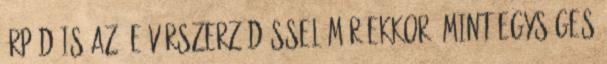
Árpád is az. E vérszerződéssel már ekkor, mint egységes